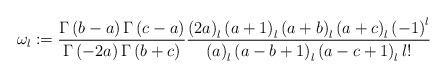
LaTeX: \begin{align*}\omega _{l}:=\frac{\Gamma \left( b-a\right) \Gamma \left( c-a\right) }{\Gamma \left( -2a\right) \Gamma \left( b+c\right) }\frac{\left( 2a\right)_{l}\left( a+1\right) _{l}\left( a+b\right) _{l}\left( a+c\right) _{l}\left(-1\right) ^{l}}{\left( a\right) _{l}\left( a-b+1\right) _{l}\left(a-c+1\right) _{l}l!} \end{align*}